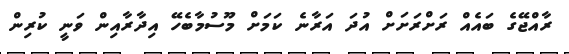
ރާއްޖޭގެ ބައެއް ރަށްރަށަށް އުދަ އަރާނެ ކަމަށް މޫސުމާބެހޭ އިދާރާއިން ވަނީ ކުރިން